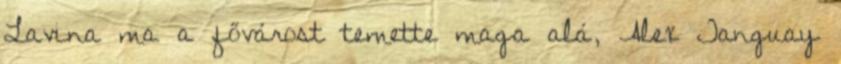
Lavina ma a fővárost temette maga alá, Alex Tanguay